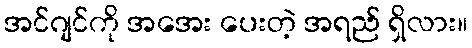
အင်ဂျင်ကို အအေး ပေးတဲ့ အရည် ရှိလား။